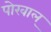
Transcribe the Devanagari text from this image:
पोरवाल्